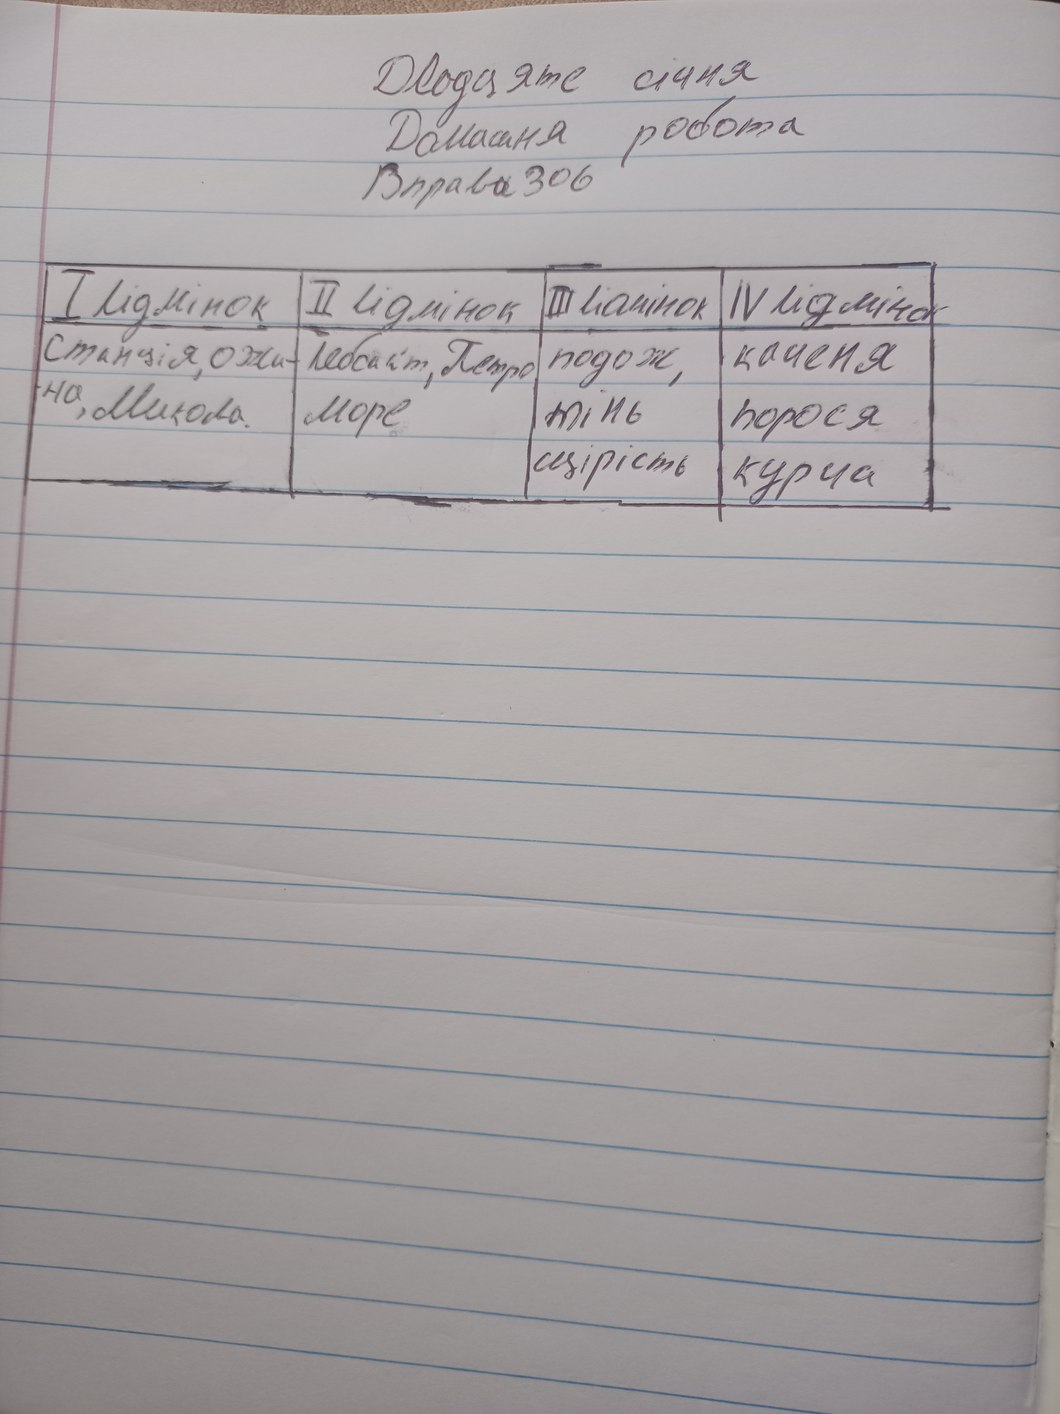
Двадцяте січня
Домашня робота
Вправа 306
I відмінок | II відмінок | III відмінок | IV відмінок|
станція, ожи-| вебсайт, Петро,| подож,| каченя|
на, Микола.| море| тінь| порося|
щірість|курча